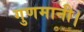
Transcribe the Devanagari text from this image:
गुणमानी।